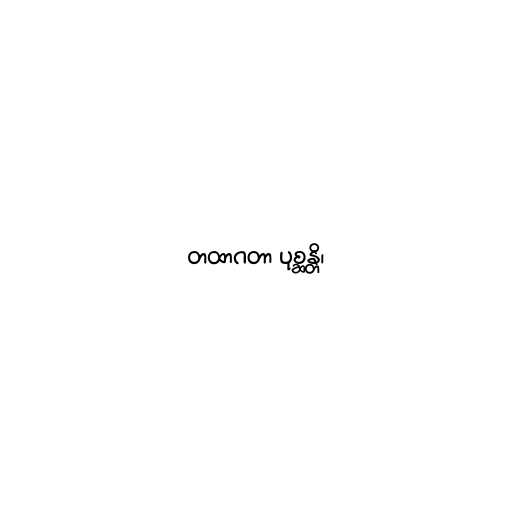
တထာဂတာ ပုစ္ဆန္တိ၊